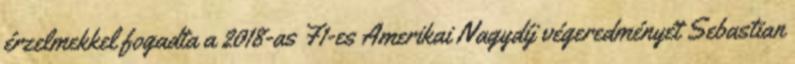
érzelmekkel fogadta a 2018-as F1-es Amerikai Nagydíj végeredményét Sebastian